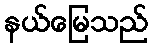
နယ်မြေသည်